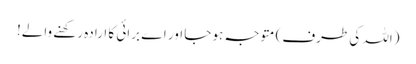
(اللہ کی طرف) متوجہ ہو جا اور اے برائی کا ارادہ رکھنے والے!